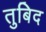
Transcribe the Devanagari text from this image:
तुबिद